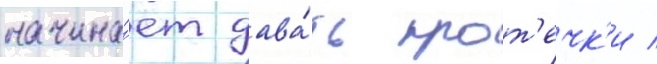
начина́ет дава́ть прот'ечк'и /